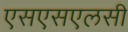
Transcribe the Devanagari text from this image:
एसएसएलसी